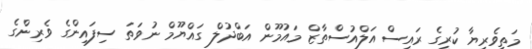
މަތީވެރިޔާ ކުރީގެ ރައީސް އަލްއުސްތާޒް މައުމޫން އަބްދުލް ގައްޔޫމް ނުވަތަ ސިފައިންގެ ވެރިންގެ